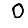
Digit: 0